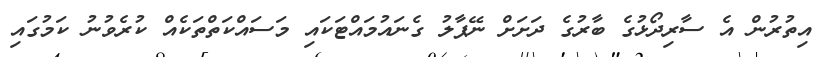
އިތުރުން އެ ސާރިދޯޅުގެ ބާރުގެ ދަށަށް ނޭޕާލު ގެނައުމައްޓަކައި މަސައްކަތްތަކެއް ކުރެވުނު ކަމުގައި